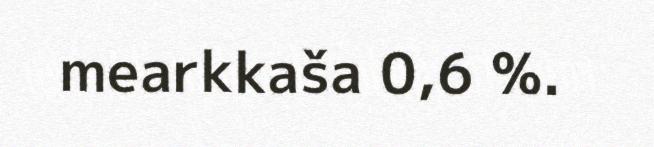
mearkkaša 0,6 %.